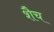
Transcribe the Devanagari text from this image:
शैच